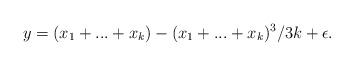
LaTeX: \begin{align*}y=(x_{1}+...+x_{k})-(x_{1}+...+x_{k})^{3}/3k+\epsilon.\end{align*}